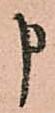
申